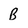
Character: B